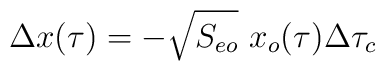
\Delta x(\tau) = - \sqrt{S_{eo}} \ x_{o}(\tau) \Delta \tau_{c}